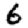
Digit: 6